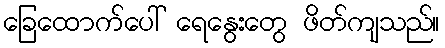
ခြေထောက်ပေါ် ရေနွေးတွေ ဖိတ်ကျသည်။